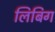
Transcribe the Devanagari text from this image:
लिबिग